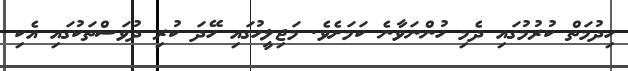
ހިދުމަތް ކުރުމުގައި ދެމި ހުންނަވާނެ ކަމަށެވެ. މަޖިލީހުގައި ހޭދަ ކުރި ދުވަސްތަކުގައި އެކި